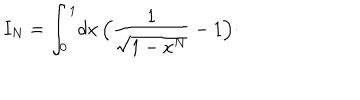
LaTeX: I _ { N } = \int _ { 0 } ^ { 1 } \! d x \, \Bigl ( { \frac { 1 } { \sqrt { 1 - x ^ { N } } } } - 1 \Bigr ) \cdotp